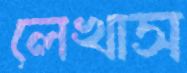
লেখাস